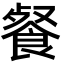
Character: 餐